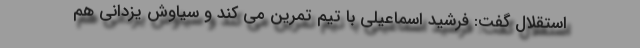
استقلال گفت: فرشید اسماعیلی با تیم تمرین می کند و سیاوش یزدانی هم